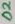
Text: D2